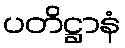
ပတိဋ္ဌာနံ